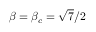
\beta = \beta _ { c } = \sqrt { 7 } / 2